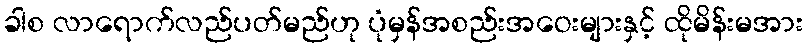
ခါစ လာရောက်လည်ပတ်မည်ဟု ပုံမှန်အစည်းအဝေးများနှင့် ထိုမိန်းမအား